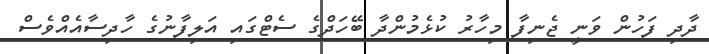
ދާދި ފަހުން ވަނީ ޖެނިފާ މިހާރު ކުޅެމުންދާ ބޭހަދްގެ ސެޓްގައި އަލިފާނުގެ ހާދިސާއެއްވެސް